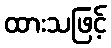
ထားသဖြင့်